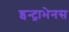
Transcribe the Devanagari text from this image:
इन्ट्राभेनस